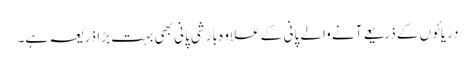
دریائوں کے ذریعے آنے والے پانی کے علاوہ بارشی پانی بھی بہت بڑا ذریعہ ہے۔